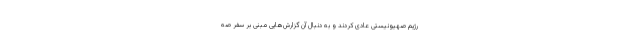
رژیم صهیونیستی عادی کردند و به دنبال آن گزارش‌هایی مبنی بر سفر صه